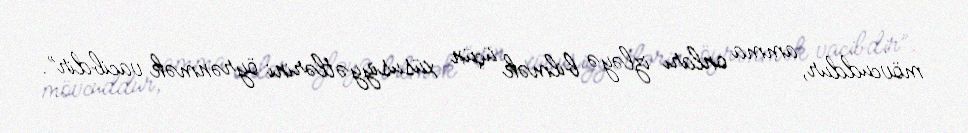
mövcuddur, amma onları izləyə bilmək üçün xüsusiyyətlərini öyrənmək vacibdir”.